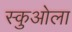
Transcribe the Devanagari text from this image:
स्कुओला